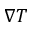
\nabla T